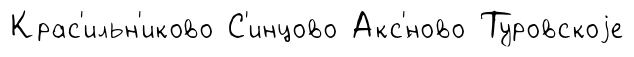
Крас'ильн'иково С'инцово Акс'́ново Туровскоjе